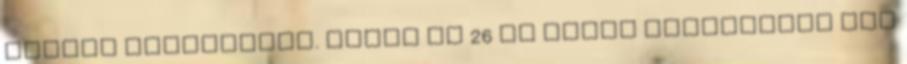
minden megoldható. Eddig kb 26 év alatt levezettem úgy